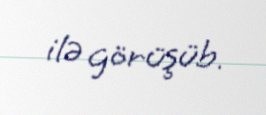
ilə görüşüb.